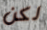
لكن